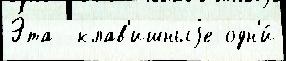
Э́та  клав'ишныjе одн'и́